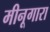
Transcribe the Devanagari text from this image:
मीनूगारा